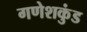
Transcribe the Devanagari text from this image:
गणेशकुंड